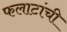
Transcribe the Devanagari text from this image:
फलाटांची